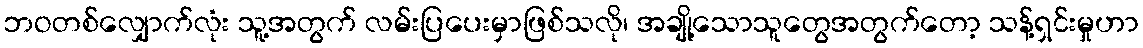
ဘဝတစ်လျှောက်လုံး သူ့အတွက် လမ်းပြပေးမှာဖြစ်သလို၊ အချို့သောသူတွေအတွက်တော့ သန့်ရှင်းမှုဟာ